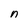
Character: n